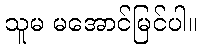
သူမ မအောင်မြင်ပါ။